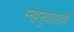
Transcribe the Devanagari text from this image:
स्नेहसुधाताईंचे